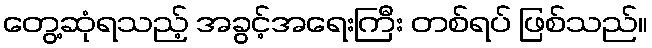
တွေ့ဆုံရသည့် အခွင့်အရေးကြီး တစ်ရပ် ဖြစ်သည်။